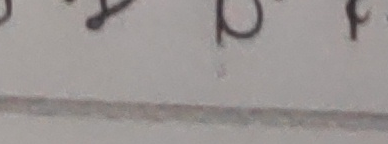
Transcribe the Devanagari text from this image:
२